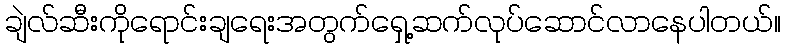
ချဲလ်ဆီးကိုရောင်းချရေးအတွက်ရှေ့ဆက်လုပ်ဆောင်လာနေပါတယ်။